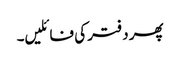
پھر دفتر کی فائلیں۔